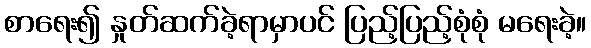
စာရေး၍ နှုတ်ဆက်ခဲ့ရာမှာပင် ပြည့်ပြည့်စုံစုံ မရေးခဲ့။